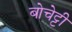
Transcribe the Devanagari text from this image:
बोचेट्टी